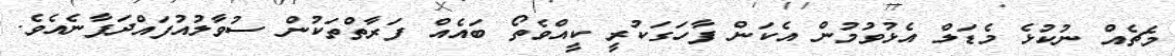
މެޗެއް ނުކުޅެ މެޑަލް އެޅުވުމުން އެކަން ފާހަގަކުރީ ކީއްވެތޯ ބައެއް ފަރާތްތަކުން ސުވާލުއުފައްދަފާނެއެވެ.